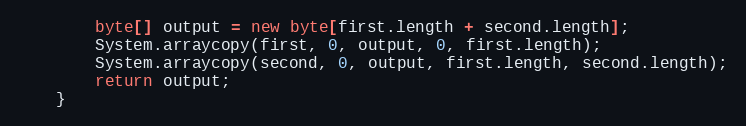
Language: Java
        byte[] output = new byte[first.length + second.length];
        System.arraycopy(first, 0, output, 0, first.length);
        System.arraycopy(second, 0, output, first.length, second.length);
        return output;
    }